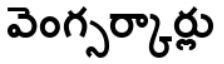
వెంగ్సర్కార్లు